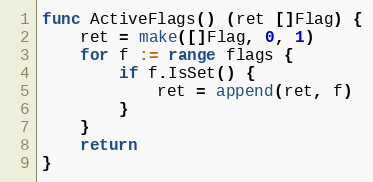
Language: Go
func ActiveFlags() (ret []Flag) {
	ret = make([]Flag, 0, 1)
	for f := range flags {
		if f.IsSet() {
			ret = append(ret, f)
		}
	}
	return
}